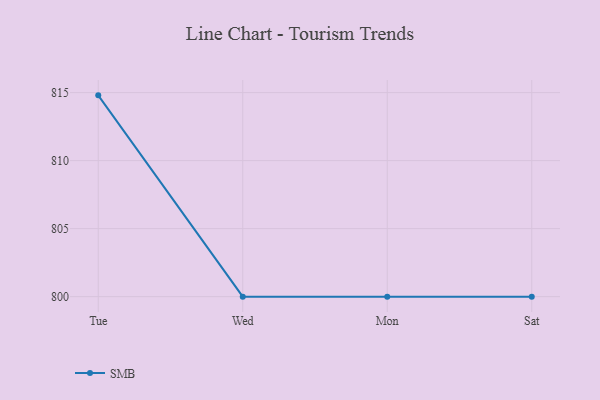
{"axis": {"x": "Day", "y": "Customer Acquisition Cost (USD)"}, "legend": ["SMB"], "data": [{"x": "Tue", "y": 814.8, "type": "SMB"}, {"x": "Wed", "y": 800, "type": "SMB"}, {"x": "Mon", "y": 800, "type": "SMB"}, {"x": "Sat", "y": 800, "type": "SMB"}]}